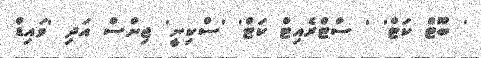
' ބޫޓް ކަޓް' ' ސްޓްރެއިޓް ކަޓް' 'ސްކިނީ' ޖިންސް އަދި 'ވައިޑް